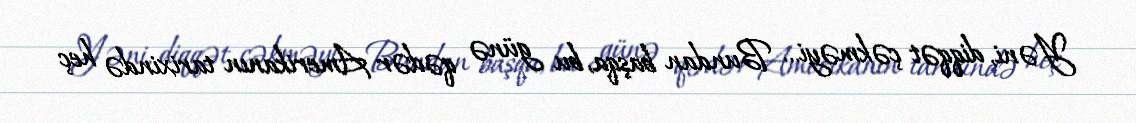
Yəni, diqqət çəkməyi... Bundan başqa, bu günə qədər Amerikanın tarixində heç